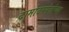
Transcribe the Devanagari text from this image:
दामोदरपंतांच्या